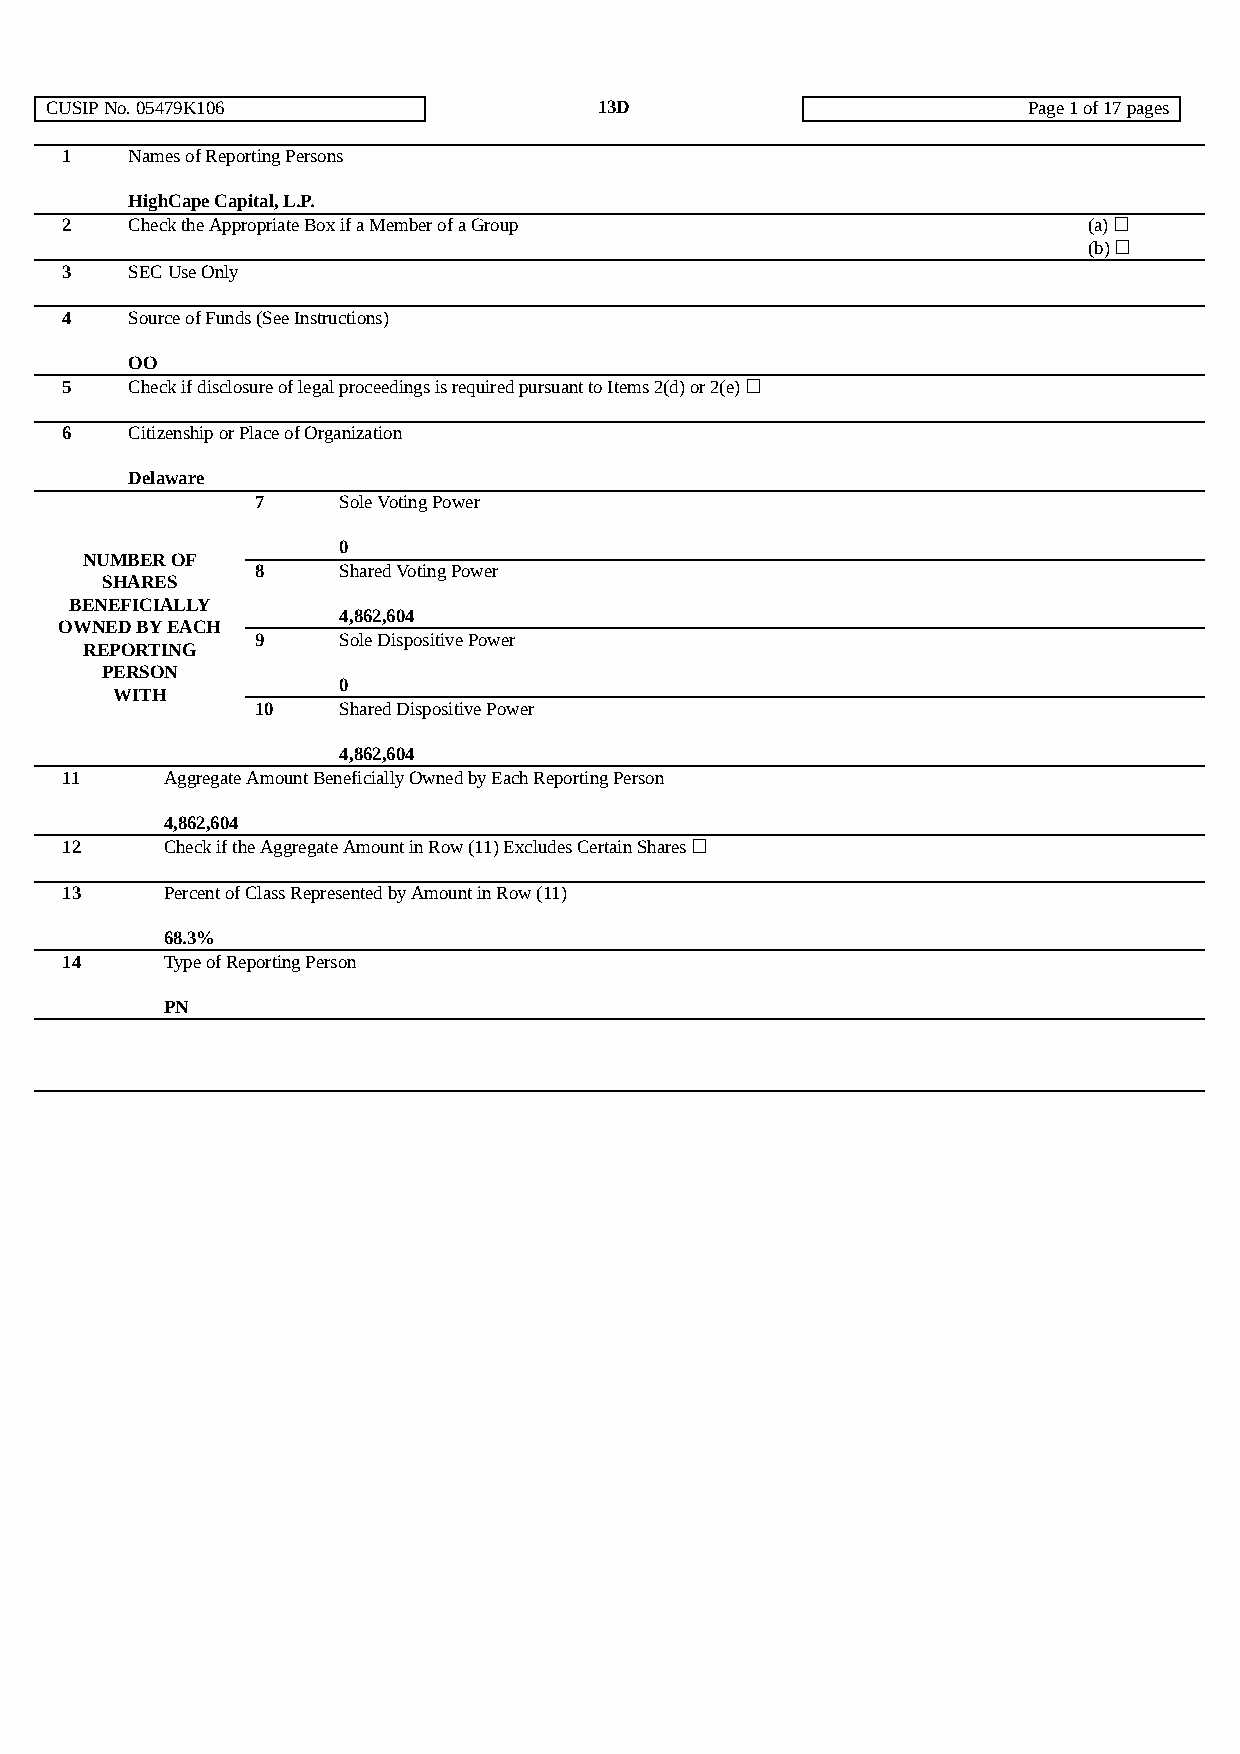
CUSIP No. 05479K106                  13D                         Page 1 of 17 pages
 1   Names of Reporting Persons
 HighCape Capital, L.P.
 2   Check the Appropriate Box if a Member of a Group                (a) ☐
 (b) ☐
 3   SEC Use Only
 4   Source of Funds (See Instructions)
 OO
 5   Check if disclosure of legal proceedings is required pursuant to Items 2(d) or 2(e) ☐
 6   Citizenship or Place of Organization
 Delaware
 7    Sole Voting Power
 0
 NUMBER OF
 8    Shared Voting Power
 SHARES
 BENEFICIALLY
 4,862,604
 OWNED BY EACH
 9    Sole Dispositive Power
 REPORTING
 PERSON
 0
 WITH
 10   Shared Dispositive Power
 4,862,604
 11     Aggregate Amount Beneficially Owned by Each Reporting Person
 4,862,604
 12     Check if the Aggregate Amount in Row (11) Excludes Certain Shares ☐
 13     Percent of Class Represented by Amount in Row (11)
 68.3%
 14     Type of Reporting Person
 PN